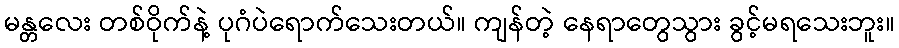
မန္တလေး တစ်ဝိုက်နဲ့ ပုဂံပဲရောက်သေးတယ်။ ကျန်တဲ့ နေရာတွေသွား ခွင့်မရသေးဘူး။